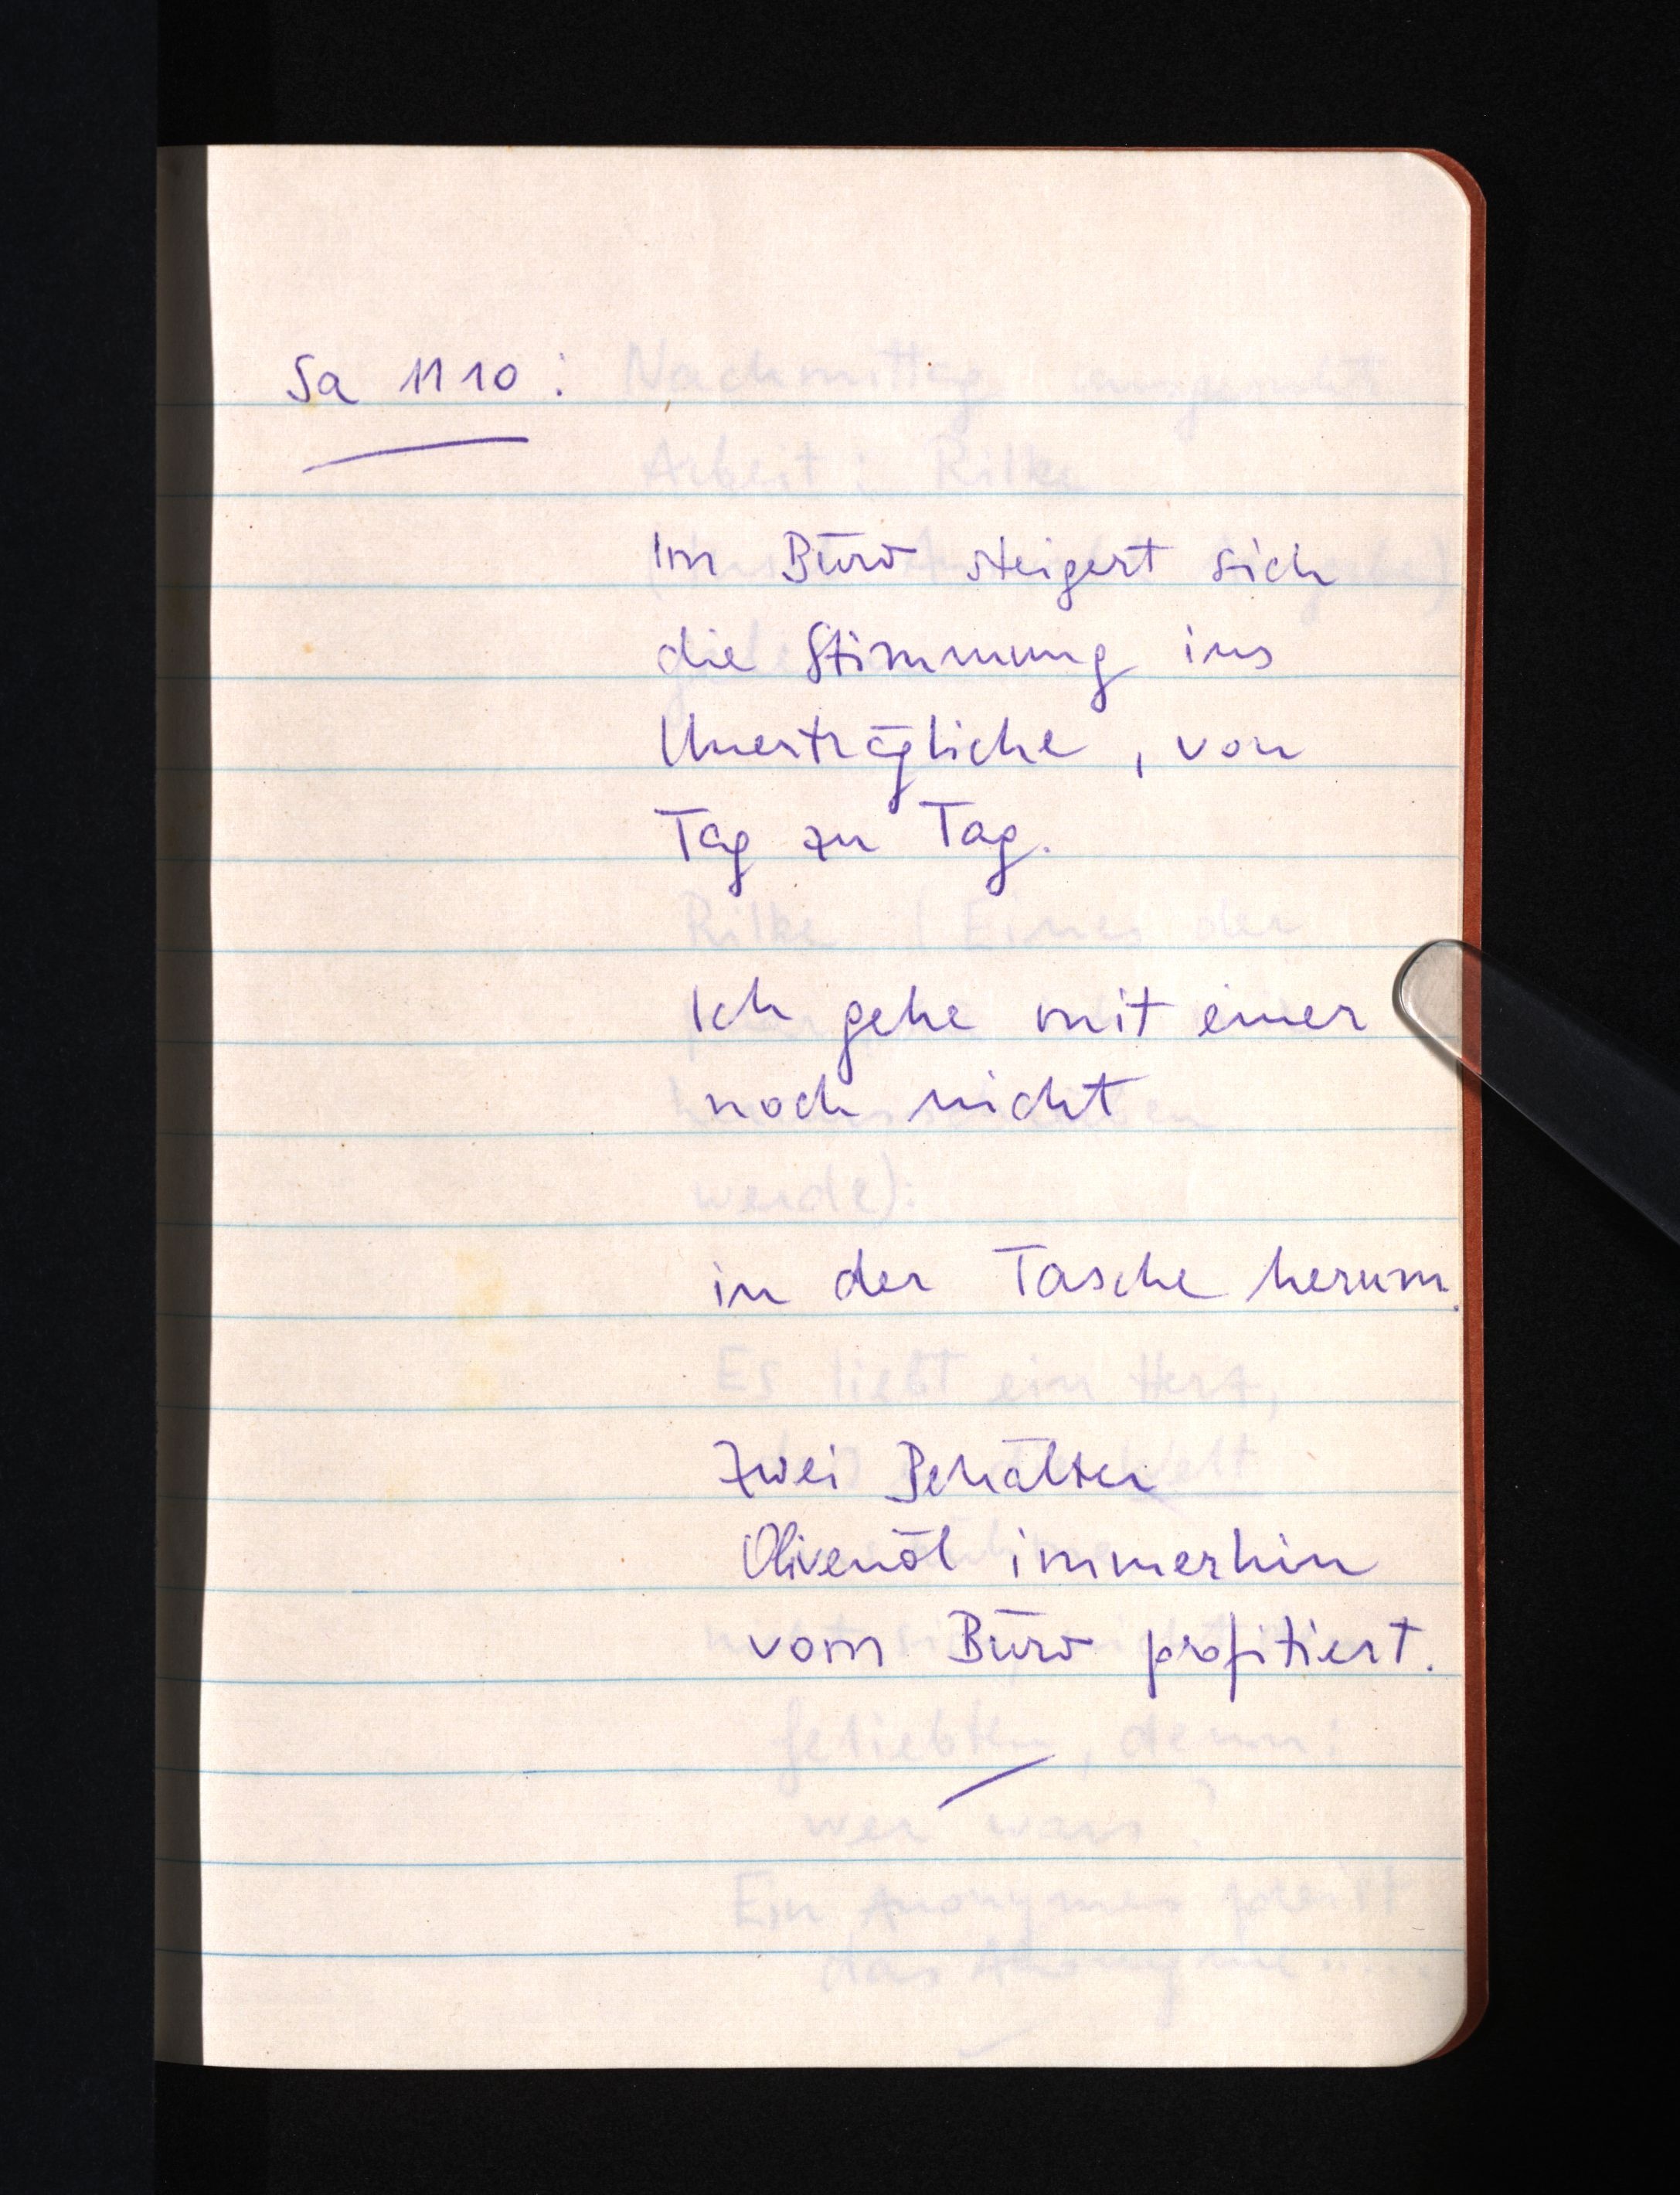
Sa 11 10:
Im Büro steigert sich
die Stimmung ins
Unerträgliche, von
Tag zu Tag.
Ich gehe mit einer
noch nicht
in der Tasche herum.
Zwei Behälter
Olivenöl immerhin
vom Büro profitiert.